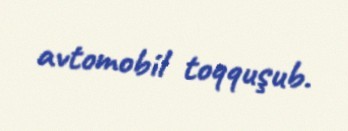
avtomobil toqquşub.